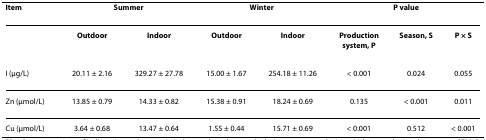
<table><thead><tr><td><b>Item</b></td><td colspan="2"><b>Summer</b></td><td colspan="2"><b>Winter</b></td><td colspan="3"><b><i>P </i>value</b></td></tr></thead><tbody><tr><td></td><td><b>Outdoor</b></td><td><b>Indoor</b></td><td><b>Outdoor</b></td><td><b>Indoor</b></td><td><b>Production system, P</b></td><td><b>Season, S</b></td><td><b>P × S</b></td></tr><tr><td>I (μg/L)</td><td>20.11 ± 2.16</td><td>329.27 ± 27.78</td><td>15.00 ± 1.67</td><td>254.18 ± 11.26</td><td>&lt; 0.001</td><td>0.024</td><td>0.055</td></tr><tr><td>Zn (μmol/L)</td><td>13.85 ± 0.79</td><td>14.33 ± 0.82</td><td>15.38 ± 0.91</td><td>18.24 ± 0.69</td><td>0.135</td><td>&lt; 0.001</td><td>0.011</td></tr><tr><td>Cu (μmol/L)</td><td>3.64 ± 0.68</td><td>13.47 ± 0.64</td><td>1.55 ± 0.44</td><td>15.71 ± 0.69</td><td>&lt; 0.001</td><td>0.512</td><td>&lt; 0.001</td></tr></tbody></table>